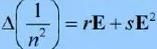
$\Delta \left(\frac{1}{n^{2}}\right)=r\mathbf{E}+s\mathbf{E}^{2}$